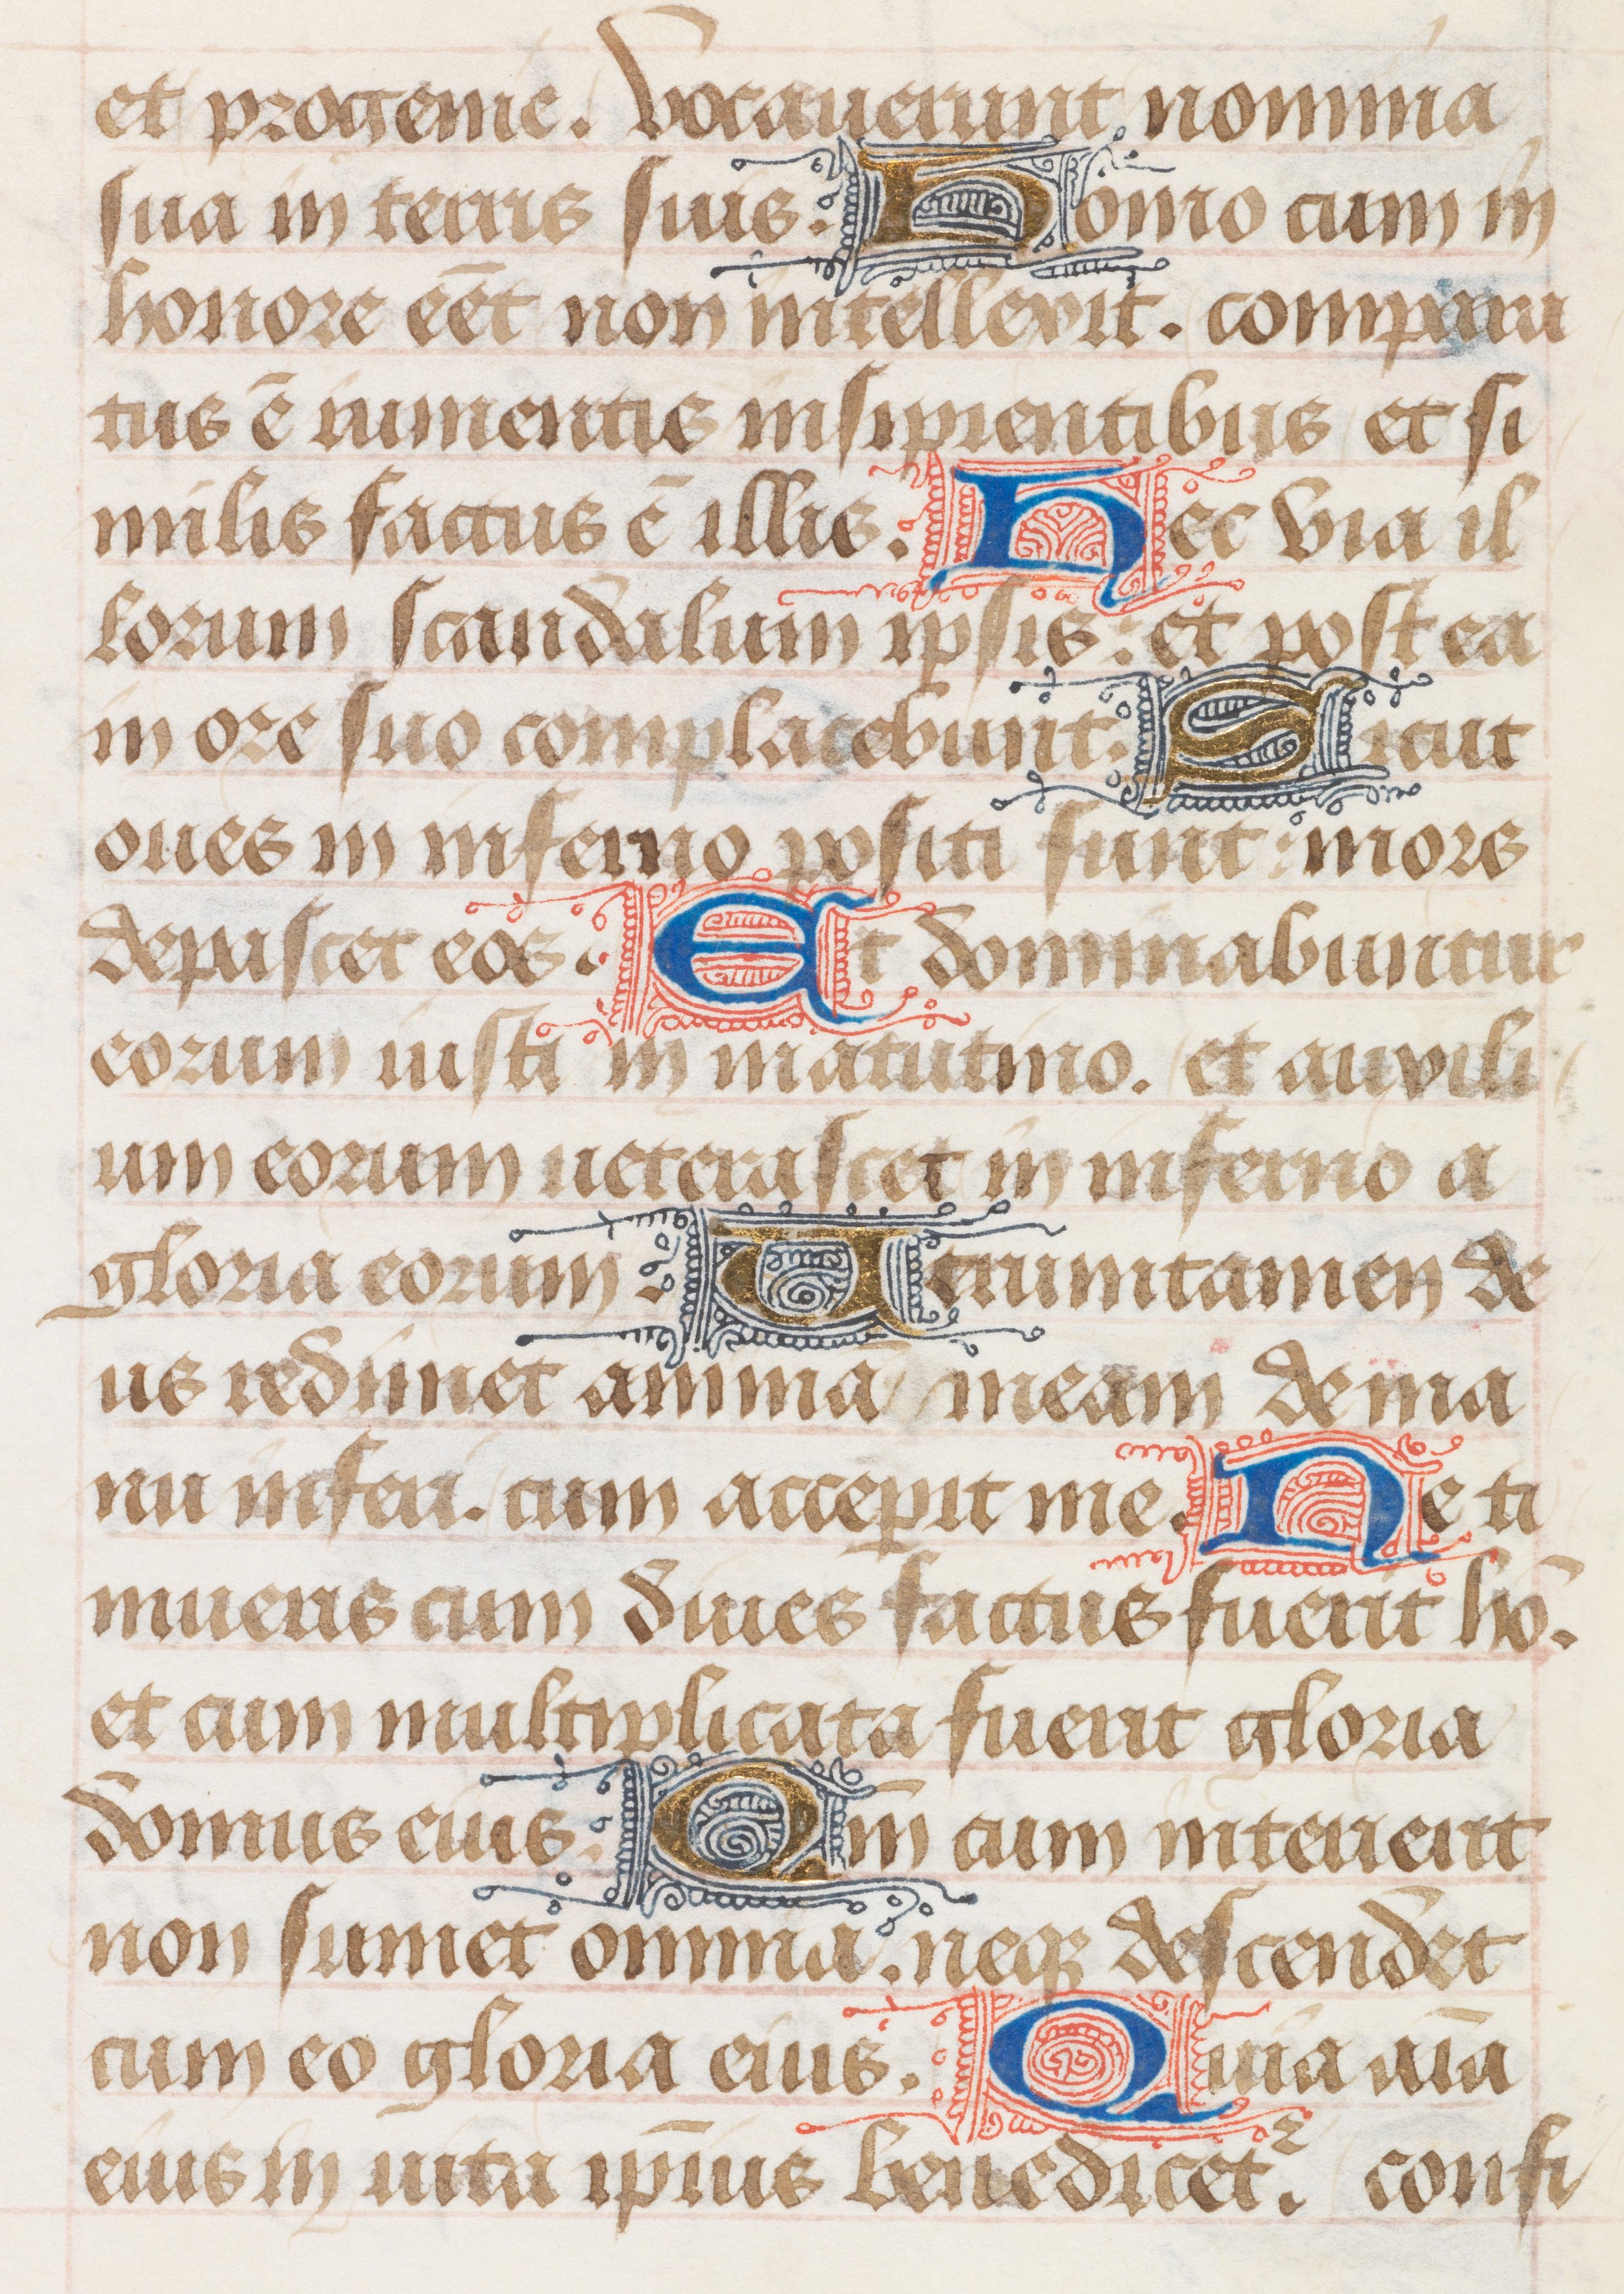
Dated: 1400–1499